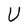
Character: U